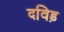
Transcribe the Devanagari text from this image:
दविड़